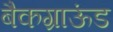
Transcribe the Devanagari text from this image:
बैकग्राऊंड